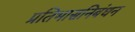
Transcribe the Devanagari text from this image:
प्रतिभासनिबंधन